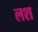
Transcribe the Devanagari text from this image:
लश